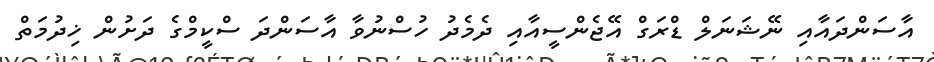
އާސަންދައާއި ނޭޝަނަލް ޑްރަގް އޭޖެންސީއާއި ދެމެދު ހުސްނުވާ އާސަންދަ ސްކީމްގެ ދަށުން ޚިދުމަތް